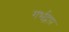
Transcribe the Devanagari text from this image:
गर्भद्वार